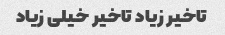
تاخیر زیاد تاخیر خیلی زیاد